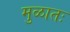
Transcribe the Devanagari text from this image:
मुळातः